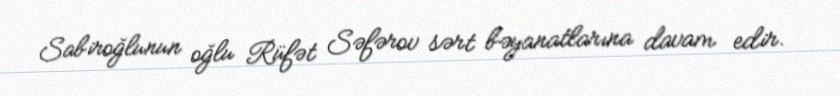
Sabiroğlunun oğlu Rüfət Səfərov sərt bəyanatlarına davam edir.